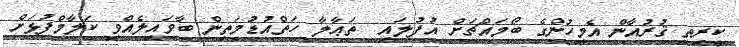
ކީރިތި ޤުރުއާން އެމީހުންގެ ބޯމައްޗަށް އުފުލައި  ތަޢާލާ ހަތްއުޑުމަތިން ބާވައިލެއްވި ކަލާމްފުޅަށް